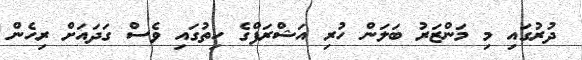
ދުރުގައި މި މަންޒަރު ބަލަން ހުރި އަޝްރަފްގެ ހިތުގައި ވެސް ގަދައަށް ރިހެން